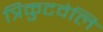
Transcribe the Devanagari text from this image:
त्रिकुटवेलि